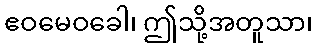
ဧဝမေဝခေါ၊ ဤသို့အတူသာ၊